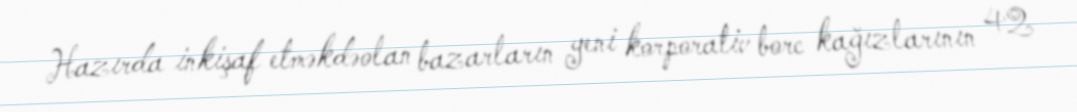
Hazırda inkişaf etməkdəolan bazarların yeni korporativ borc kağızlarının 42